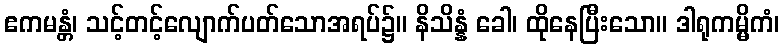
ဧကမန္တံ၊ သင့်တင့်လျောက်ပတ်သောအရပ်၌။ နိသိန္နံ ခေါ၊ ထိုနေပြီးသော။ ဒါရုကမ္မိကံ၊